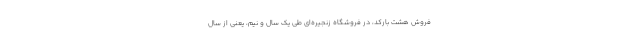
فروش هشت بارکد، در فروشگاه زنجیره‌ای طی یک سال و نیم، یعنی از سال